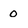
Character: 0